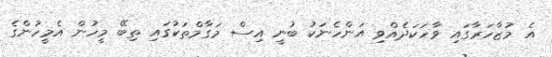
އެ މުޒާހަރާގައި ވާހަކަދެއްވި އަންހެނަކު ބުނީ އިސް މަގާމްތަކުގައި ތިބޭ މީހުން އެމީހުންގެ